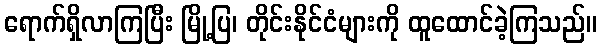
ရောက်ရှိလာကြပြီး မြို့ပြ၊ တိုင်းနိုင်ငံများကို ထူထောင်ခဲ့ကြသည်။